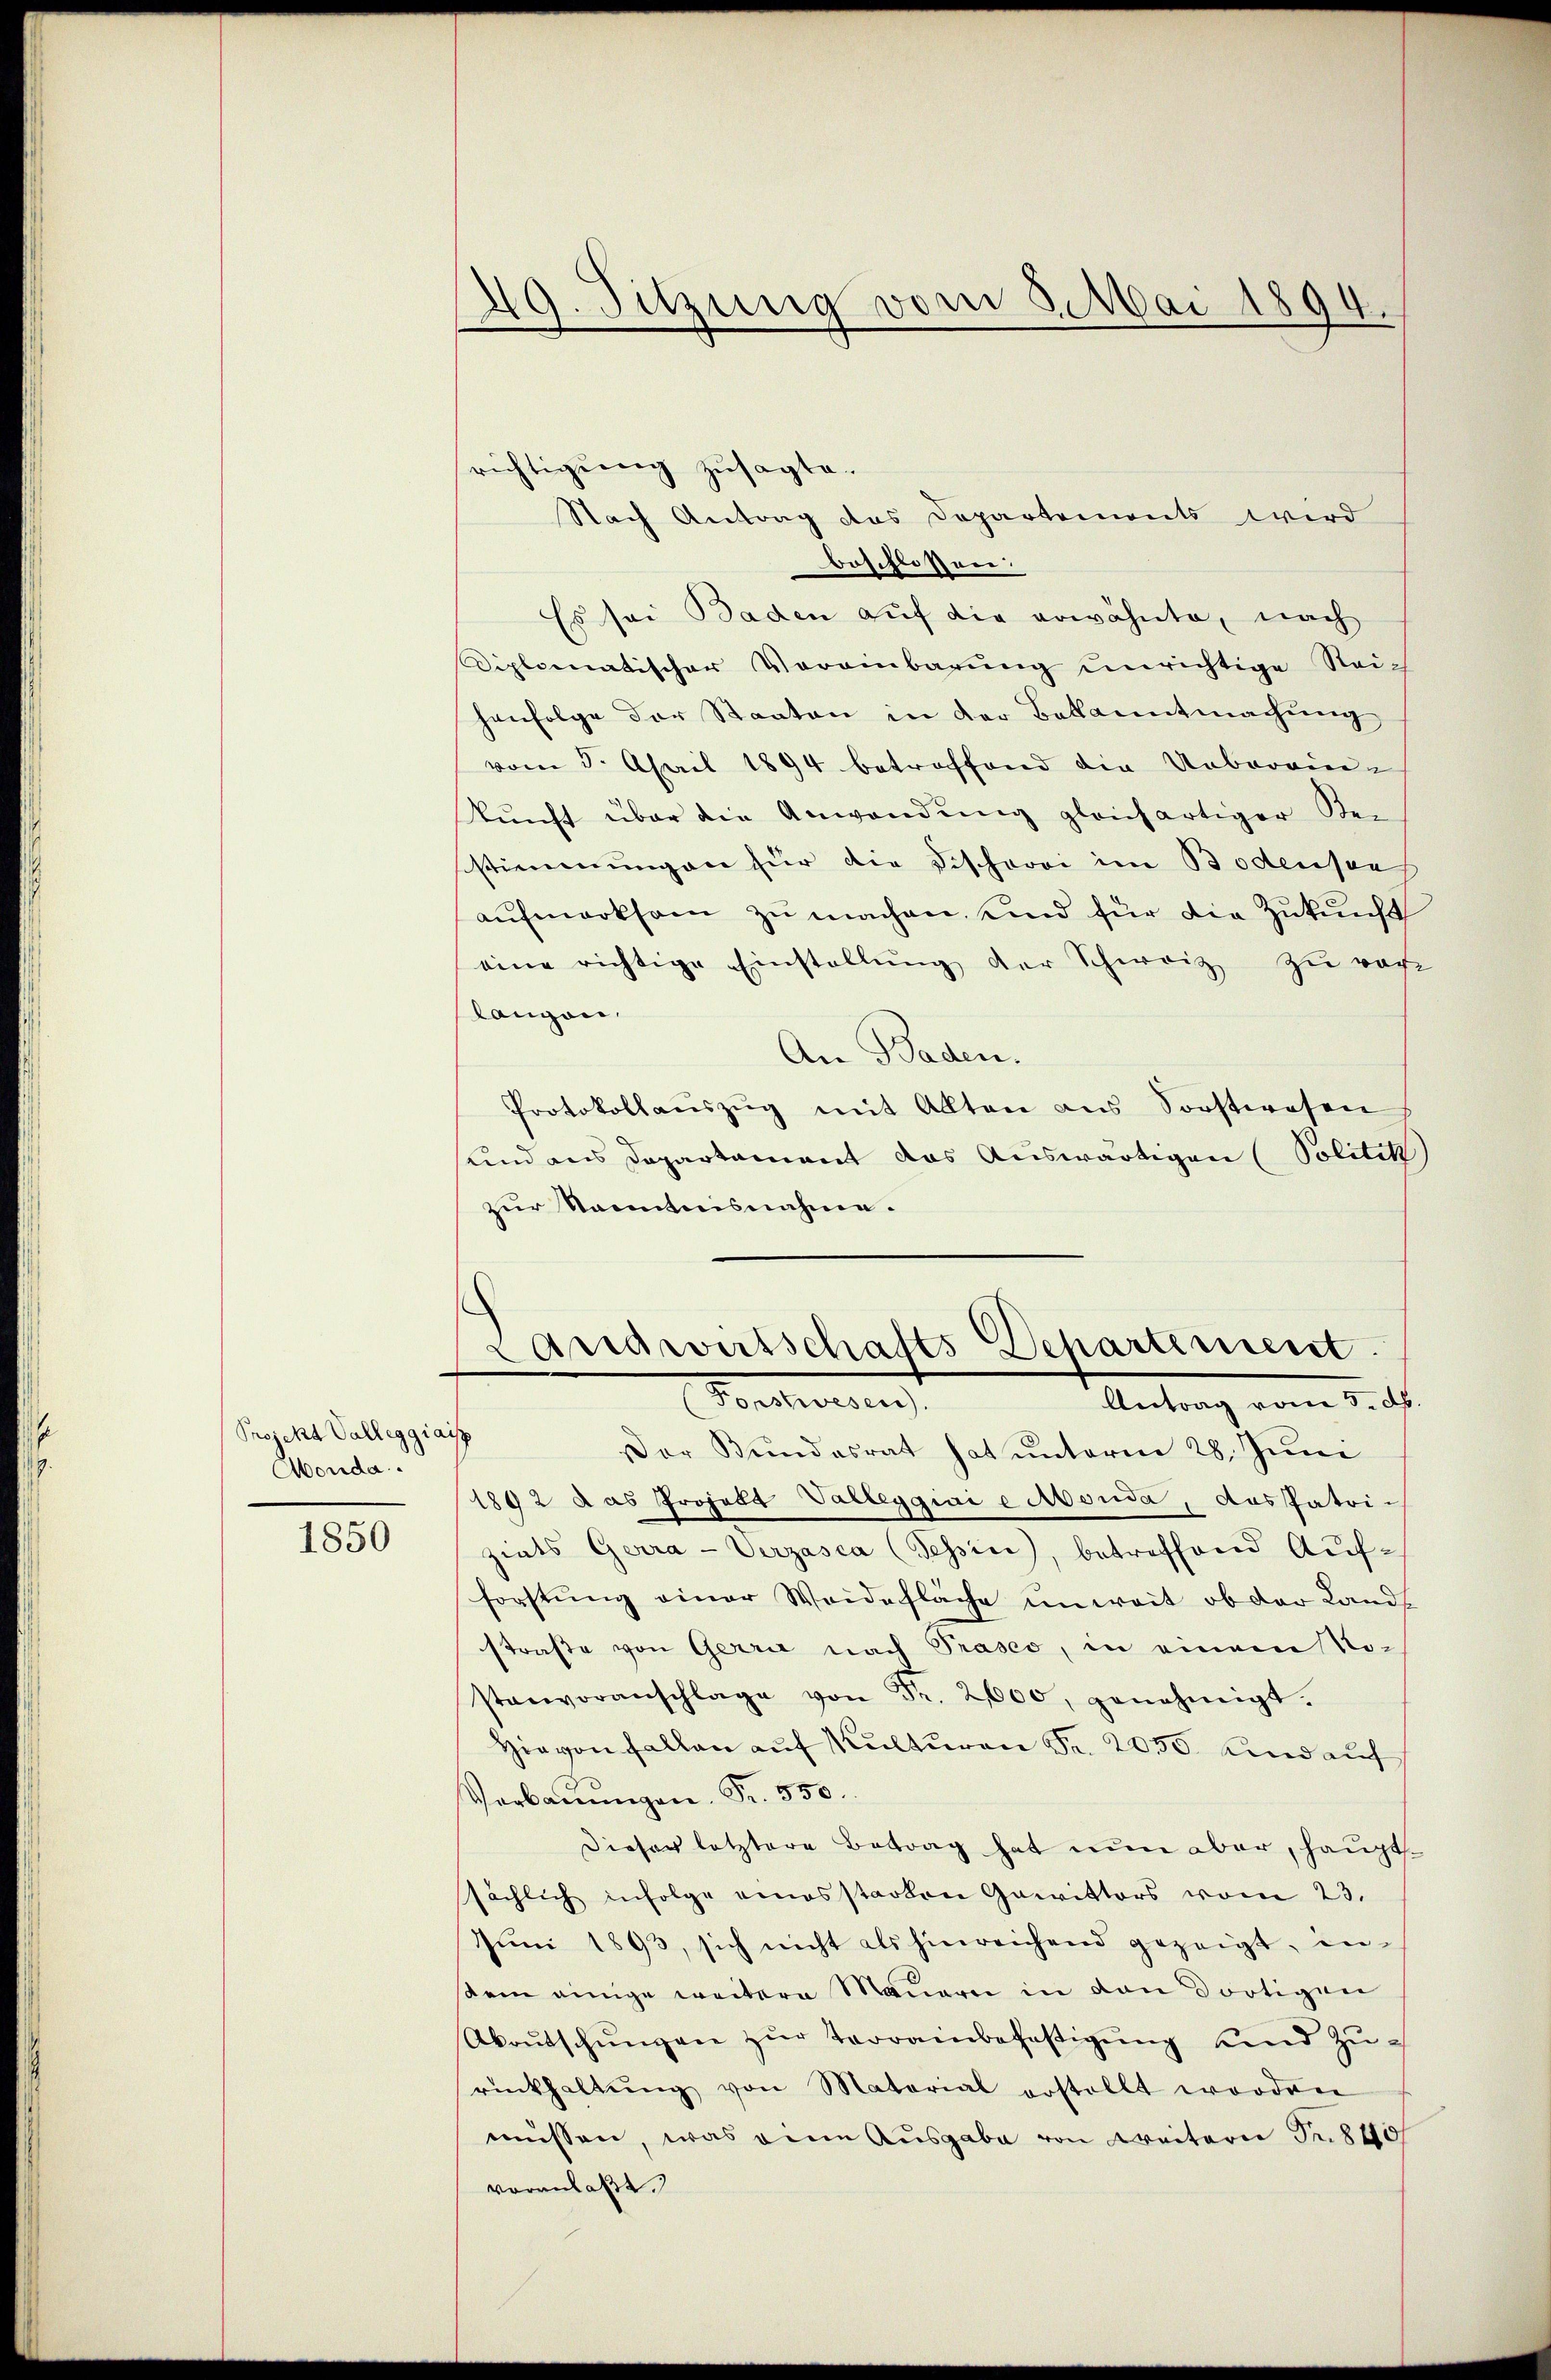
Speicht Valleggiaisp
Monda.

1850

49. Sitzung vom 3. Mai 1894.

richtigung zusagte.
Nach Antrag das Departements wird
beschlossen:
Es sei Baden auf die erwähnte, nach
Diplomatischer Vereinbarŭng unrichtige Reich
henfolge der Staaten in der Bekanntmachung
vom 5. April 1894 betreffend die Uebereinkunft über die Anwendung gleichartiger Bei-
stimmungen für die Fischoroi im Bodensaus
aŭfmerksam zŭ machen, und für die Zukunft
eine richtige Einstellŭng der Schweiz zu rache
langen.
An Baden.
Protokollaŭszŭg mit Allten ans Sorstwesen
und aus Departament das Auswärtigen (Politik)
zur Kenntnisnahme.
Landwirtschafts Departement.
Poradiesen,
Antrag vom 5. d.
Der Bundesrat hat unterm 28. Juni
1892 das Projekt Valleggini e Monda, das Patri-
ziats Gerra-Verzasca (Tessin, betreffend Aufforstung einer Weidefläche unweit ob der Lands
straße von Gerrie nach Präses, in einem Nostanvoranschlage von Fr. 2000, genehmigt.
Hievon Fallen auf Kulturen Fr. 2050 und auf
Verbaŭŭngen. Fr. 550.
Dieser letztere Betrag hat nun aber, haupt
sächlich infolge einesstarken Gewitters vom 23.
Jŭni 1893, sich nicht als hinreichend gezeigt, in-
sem einige weitere Mauern in von dortigen
Abeŭtschŭngen zŭr Terrainbefestigŭng und Zŭ-
rückhaltŭng von Material erstellt worden
müssen, was eine Ausgabe von weitern Fr. 840/
veranlasst.